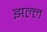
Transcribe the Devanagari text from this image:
झल्ल